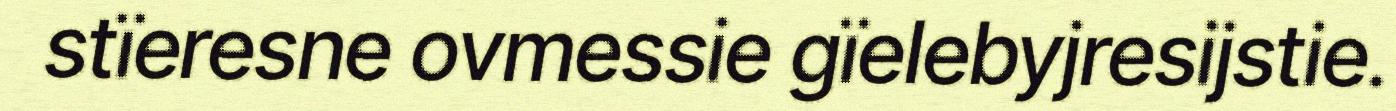
stïeresne ovmessie gïelebyjresijstie.